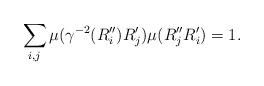
LaTeX: \begin{align*}\sum_{i,j} \mu(\gamma^{-2}(R_i'')R_j') \mu( R_j''R_i') =1 .\end{align*}